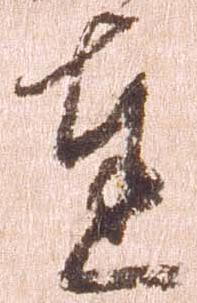
達